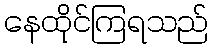
နေထိုင်ကြရသည်